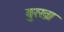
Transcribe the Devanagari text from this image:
बुरख़ा